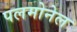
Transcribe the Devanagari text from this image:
पलमोनेल